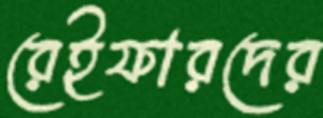
রেইফারদের